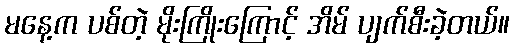
မနေ့က ပစ်တဲ့ မိုးကြိုးကြောင့် အိမ် ပျက်စီးခဲ့တယ်။